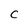
Character: C